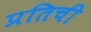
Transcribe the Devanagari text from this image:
प्रतिची